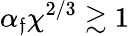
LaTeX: \alpha_{\mathfrak{f}}\chi^{2/3}\gtrsim1